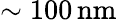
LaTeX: \sim 100\, \mathrm{nm}